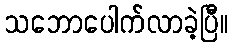
သဘောပေါက်လာခဲ့ပြီ။